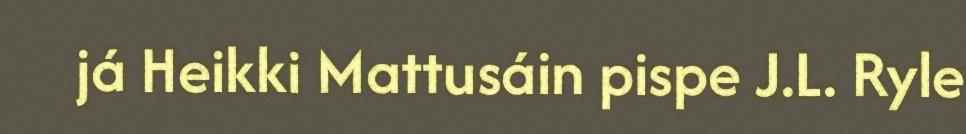
já Heikki Mattusáin pispe J.L. Ryle